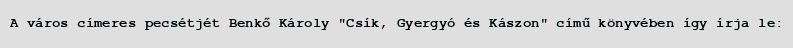
A város címeres pecsétjét Benkő Károly "Csík, Gyergyó és Kászon" című könyvében így írja le: